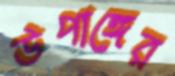
উপাঙ্গের